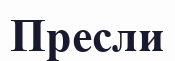
Пресли